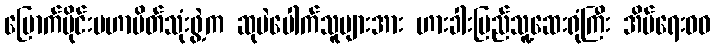
မြောက်ပိုင်းမဟာမိတ်သုံးဖွဲ့က ဆုမဲပေါက်သူများအား ဟားခါးပြည်သူ့ဆေးရုံကြီး အိပ်ရေးဝဝ